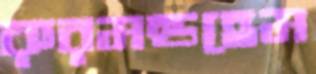
রুরমন্ডহেম